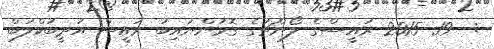
:  19